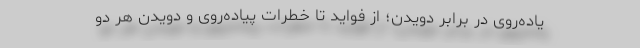
یاده‌روی در برابر دویدن؛ از فواید تا خطرات پیاده‌روی و دویدن هر دو